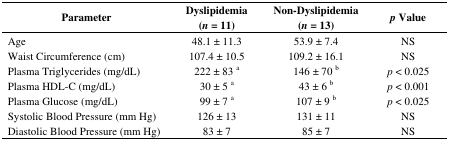
<table><thead><tr><td><b>Parameter</b></td><td><b>Dyslipidemia (<i>n</i> = 11)</b></td><td><b>Non-Dyslipidemia (<i>n</i> = 13)</b></td><td><b><i>p</i> Value</b></td></tr></thead><tbody><tr><td>Age</td><td>48.1 ± 11.3</td><td>53.9 ± 7.4</td><td>NS</td></tr><tr><td>Waist Circumference (cm)</td><td>107.4 ± 10.5</td><td>109.2 ± 16.1</td><td>NS</td></tr><tr><td>Plasma Triglycerides (mg/dL)</td><td>222 ± 83 <sup>a</sup></td><td>146 ± 70 <sup>b</sup></td><td><i>p</i> &lt; 0.025</td></tr><tr><td>Plasma HDL-C (mg/dL)</td><td>30 ± 5 <sup>a</sup></td><td>43 ± 6 <sup>b</sup></td><td><i>p</i> &lt; 0.001</td></tr><tr><td>Plasma Glucose (mg/dL)</td><td>99 ± 7 <sup>a</sup></td><td>107 ± 9 <sup>b</sup></td><td><i>p</i> &lt; 0.025</td></tr><tr><td>Systolic Blood Pressure (mm Hg)</td><td>126 ± 13</td><td>131 ± 11</td><td>NS</td></tr><tr><td>Diastolic Blood Pressure (mm Hg)</td><td>83 ± 7</td><td>85 ± 7</td><td>NS</td></tr></tbody></table>